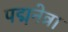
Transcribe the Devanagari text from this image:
पद्मनेत्रा